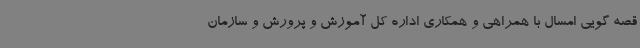
قصه گویی امسال با همراهی و همکاری اداره کل آموزش و پرورش و سازمان